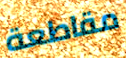
مقاطعة